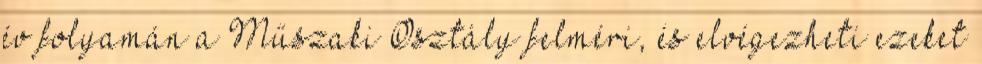
év folyamán a Műszaki Osztály felméri, és elvégezheti ezeket